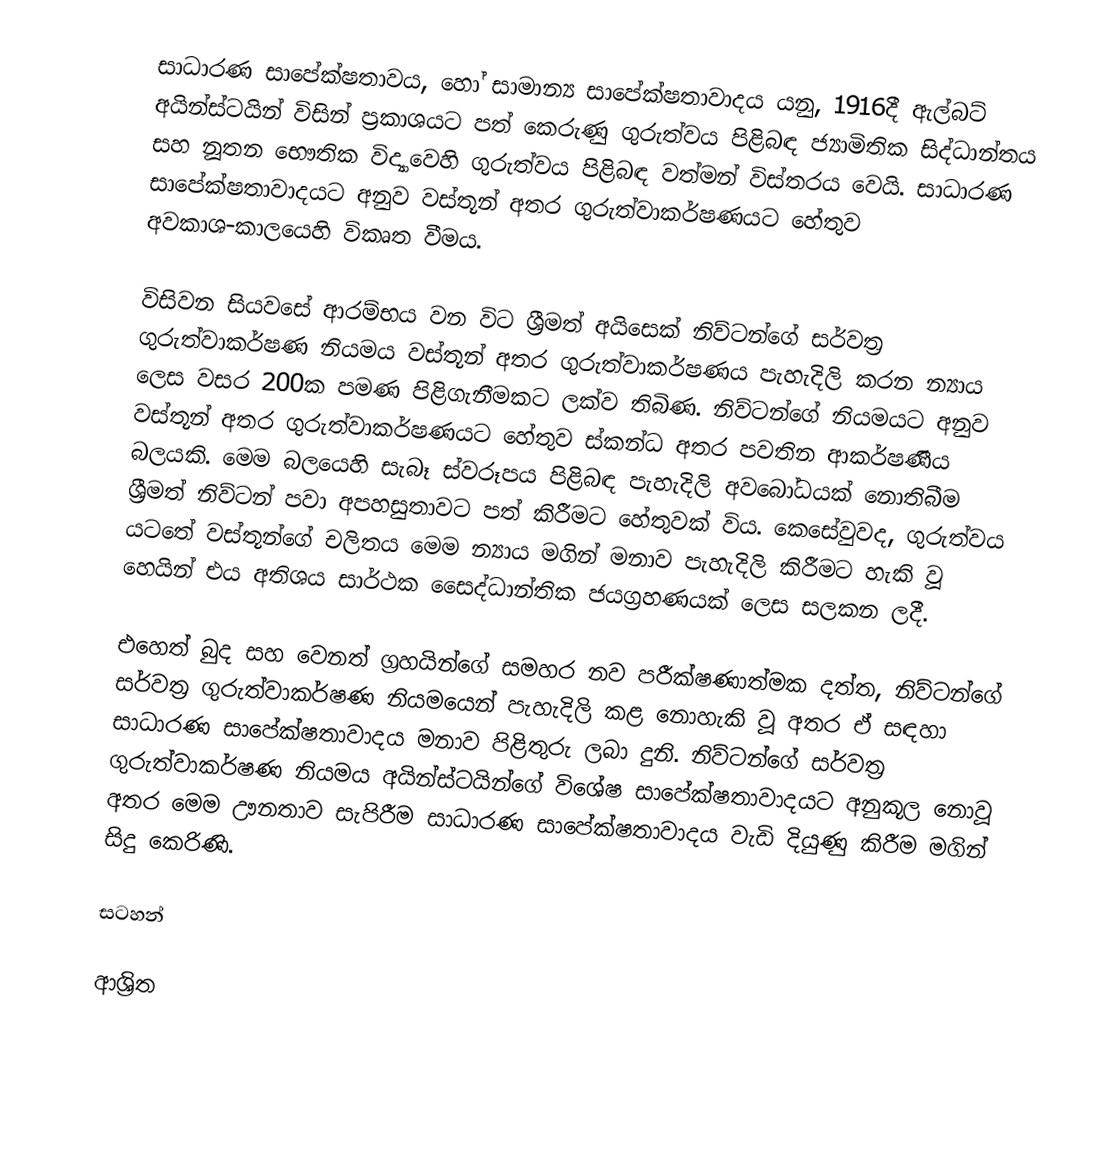
සාධාරණ සාපේක්ෂතාවය, හෝ සාමාන්‍ය සාපේක්ෂතාවාදය යනු, 1916දී ඇල්බට් අයින්ස්ටයින් විසින් ප්‍රකාශයට පත් කෙරුණු  ගුරුත්වය පිළිබඳ ජ්‍යාමිතික සිද්ධාන්තය   සහ   නූතන භෞතික විද්‍යාවෙහි ගුරුත්වය පිළිබඳ වත්මන් විස්තරය වෙයි. සාධාරණ සාපේක්ෂතාවාදයට අනුව වස්තූන් අතර ගුරුත්වාකර්ෂණයට හේතුව අවකාශ-කාලයෙහි විකෘත වීමය.

විසිවන සියවසේ ආරම්භය වන විට ශ්‍රීමත් අයිසෙක් නිව්ටන්ගේ සර්වත්‍ර ගුරුත්වාකර්ෂණ නියමය වස්තූන් අතර ගුරුත්වාකර්ෂණය පැහැදිලි කරන න්‍යාය ලෙස වසර 200ක පමණ පිළිගැනීමකට ලක්ව තිබිණ. නිව්ටන්ගේ නියමයට අනුව වස්තූන් අතර ගුරුත්වාකර්ෂණයට හේතුව ස්කන්ධ අතර පවතින ආකර්ෂණීය බලයකි. මෙම බලයෙහි සැබෑ ස්වරූපය පිළිබඳ පැහැදිලි අවබෝධයක් නොතිබීම ශ්‍රීමත් නිව්ටන් පවා අපහසුතාවට පත් කිරීමට හේතුවක් විය. කෙසේවුවද, ගුරුත්වය යටතේ වස්තූන්ගේ චලිතය මෙම න්‍යාය මගින් මනාව පැහැදිලි කිරීමට හැකි වූ හෙයින් එය අතිශය සාර්ථක සෛද්ධාන්තික ජයග්‍රහණයක් ලෙස සලකන ලදී.

එහෙත් බුද සහ වෙනත් ග්‍රහයින්ගේ සමහර නව පරීක්ෂණාත්මක දත්ත, නිව්ටන්ගේ සර්වත්‍ර ගුරුත්වාකර්ෂණ නියමයෙන් පැහැදිලි කළ නොහැකි වූ අතර ඒ සඳහා සාධාරණ සාපේක්ෂතාවාදය මනාව පිළිතුරු ලබා දුනි. නිව්ටන්ගේ සර්වත්‍ර ගුරුත්වාකර්ෂණ නියමය අයින්ස්ටයින්ගේ විශේෂ සාපේක්ෂතාවාදයට අනුකූල නොවූ අතර මෙම ඌනතාව සැපිරීම සාධාරණ සාපේක්ෂතාවාදය වැඩි දියුණු කිරීම මගින් සිදු කෙරිණි.

සටහන්

ආශ්‍රිත